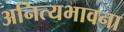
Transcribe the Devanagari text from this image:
अनित्यभावना